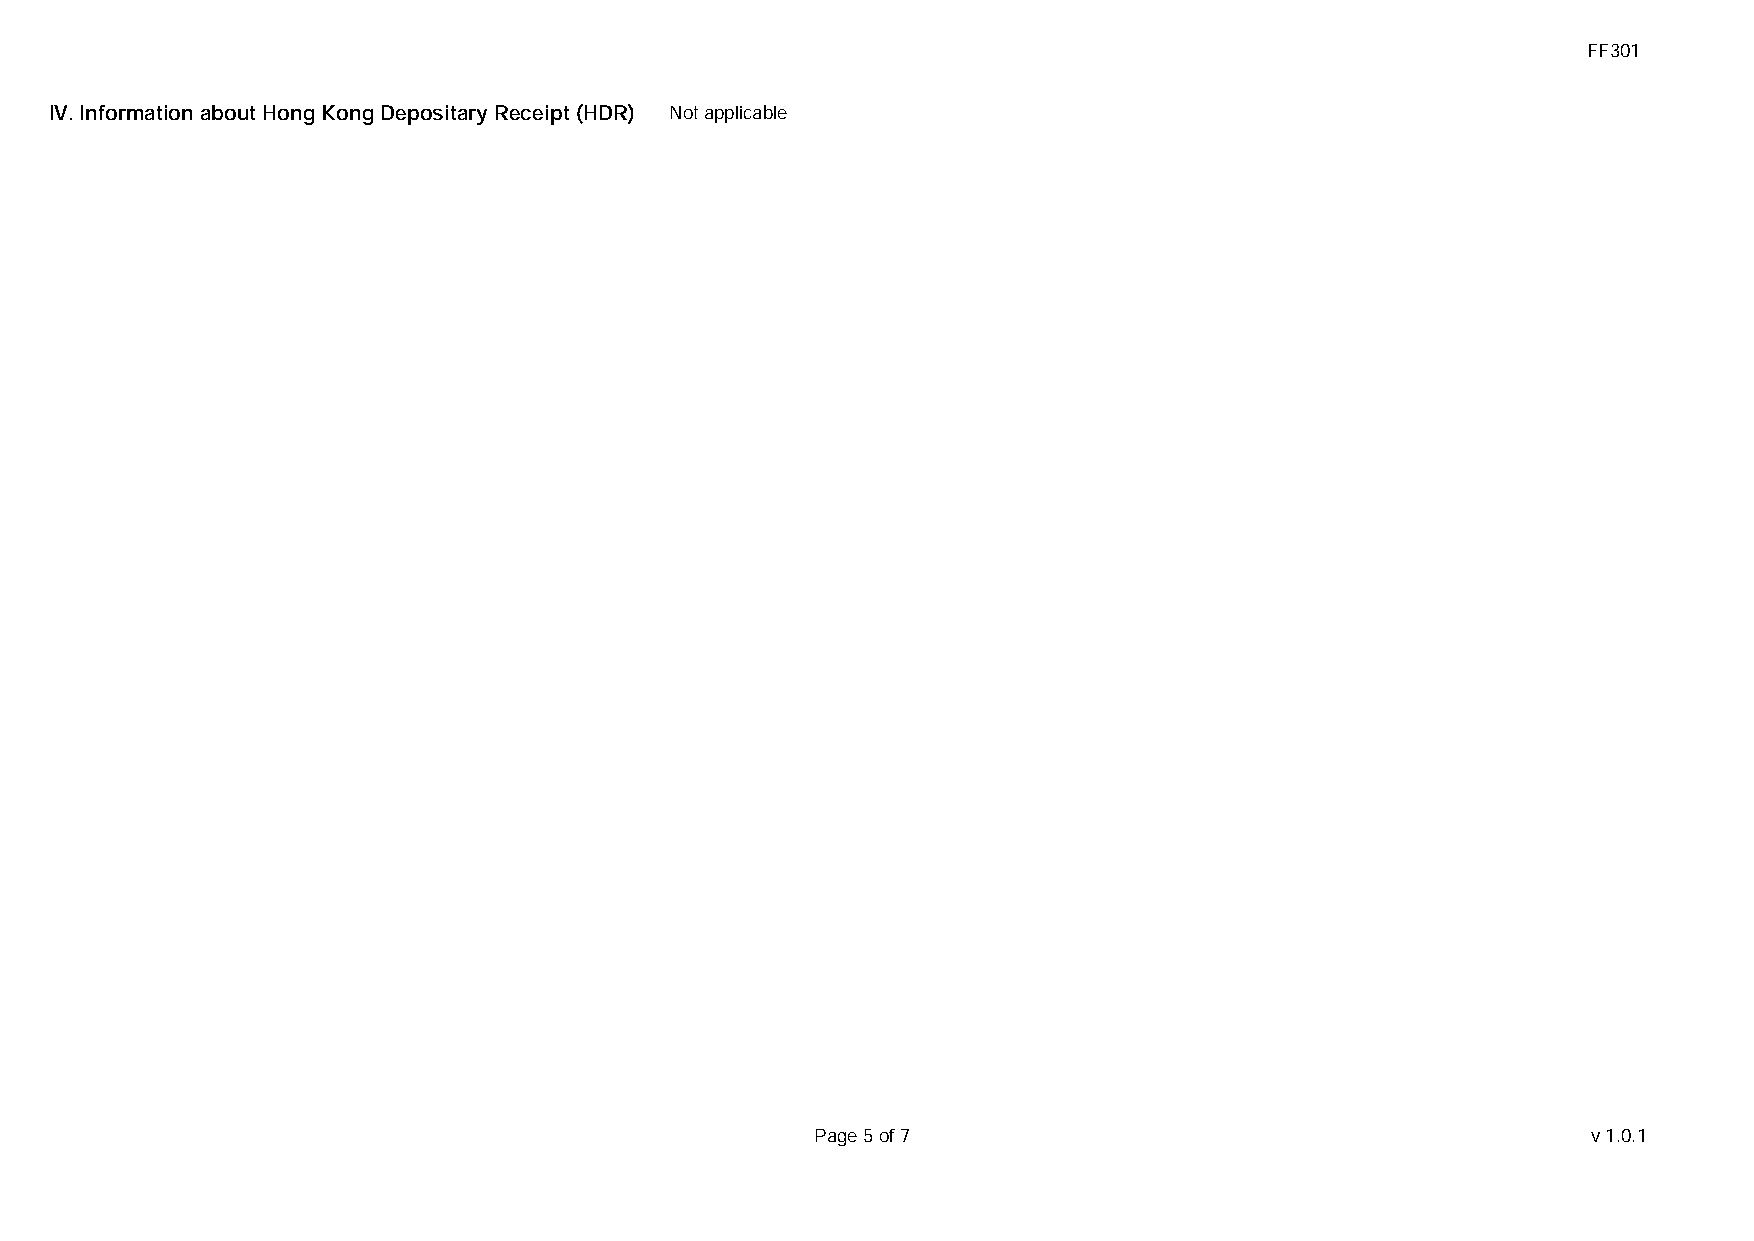
FF301
 IV. Information about Hong Kong Depositary Receipt (HDR) Not applicable
 Page 5 of 7                                        v1.0.1